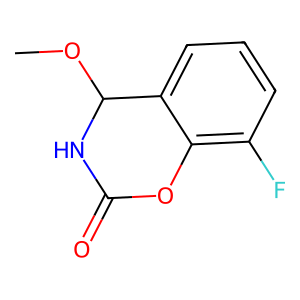
SMILES: COC1NC(=O)Oc2c(F)cccc21
Inhibits HIV replication: No